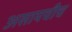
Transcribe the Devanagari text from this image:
असायचीच